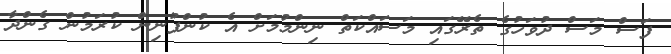
ފަސް މަސް ދުވަހުގެ ތެރޭގައި މަސައްކަތް ނިންމުމަށް އެ ކުންފުނިން ކުރަމުން ގެންދާ